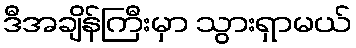
ဒီအချိန်ကြီးမှာ သွားရှာမယ်